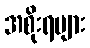
အစိုးရများ